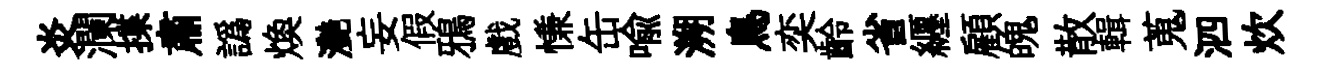
炎瀾揲肅譌焕灔妄假鴉戲慊缶喻溯鳥奕齡省纒顧魄散輯蒐泗炊